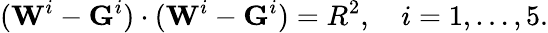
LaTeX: (\mathbf{W}^{i}-\mathbf{G}^{i})\cdot(\mathbf{W}^{i}-\mathbf{G}^{i})=R^{2},\quad i=1,\ldots,5.